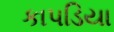
કાપડિયા